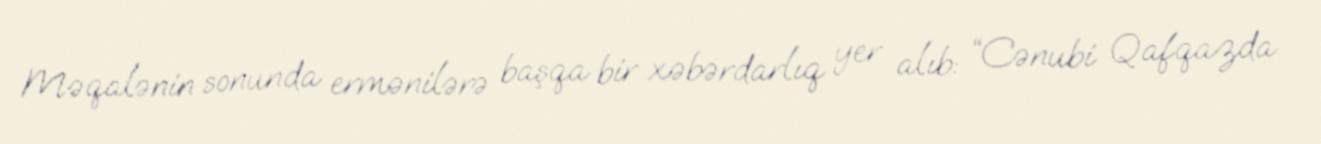
Məqalənin sonunda ermənilərə başqa bir xəbərdarlıq yer alıb: “Cənubi Qafqazda